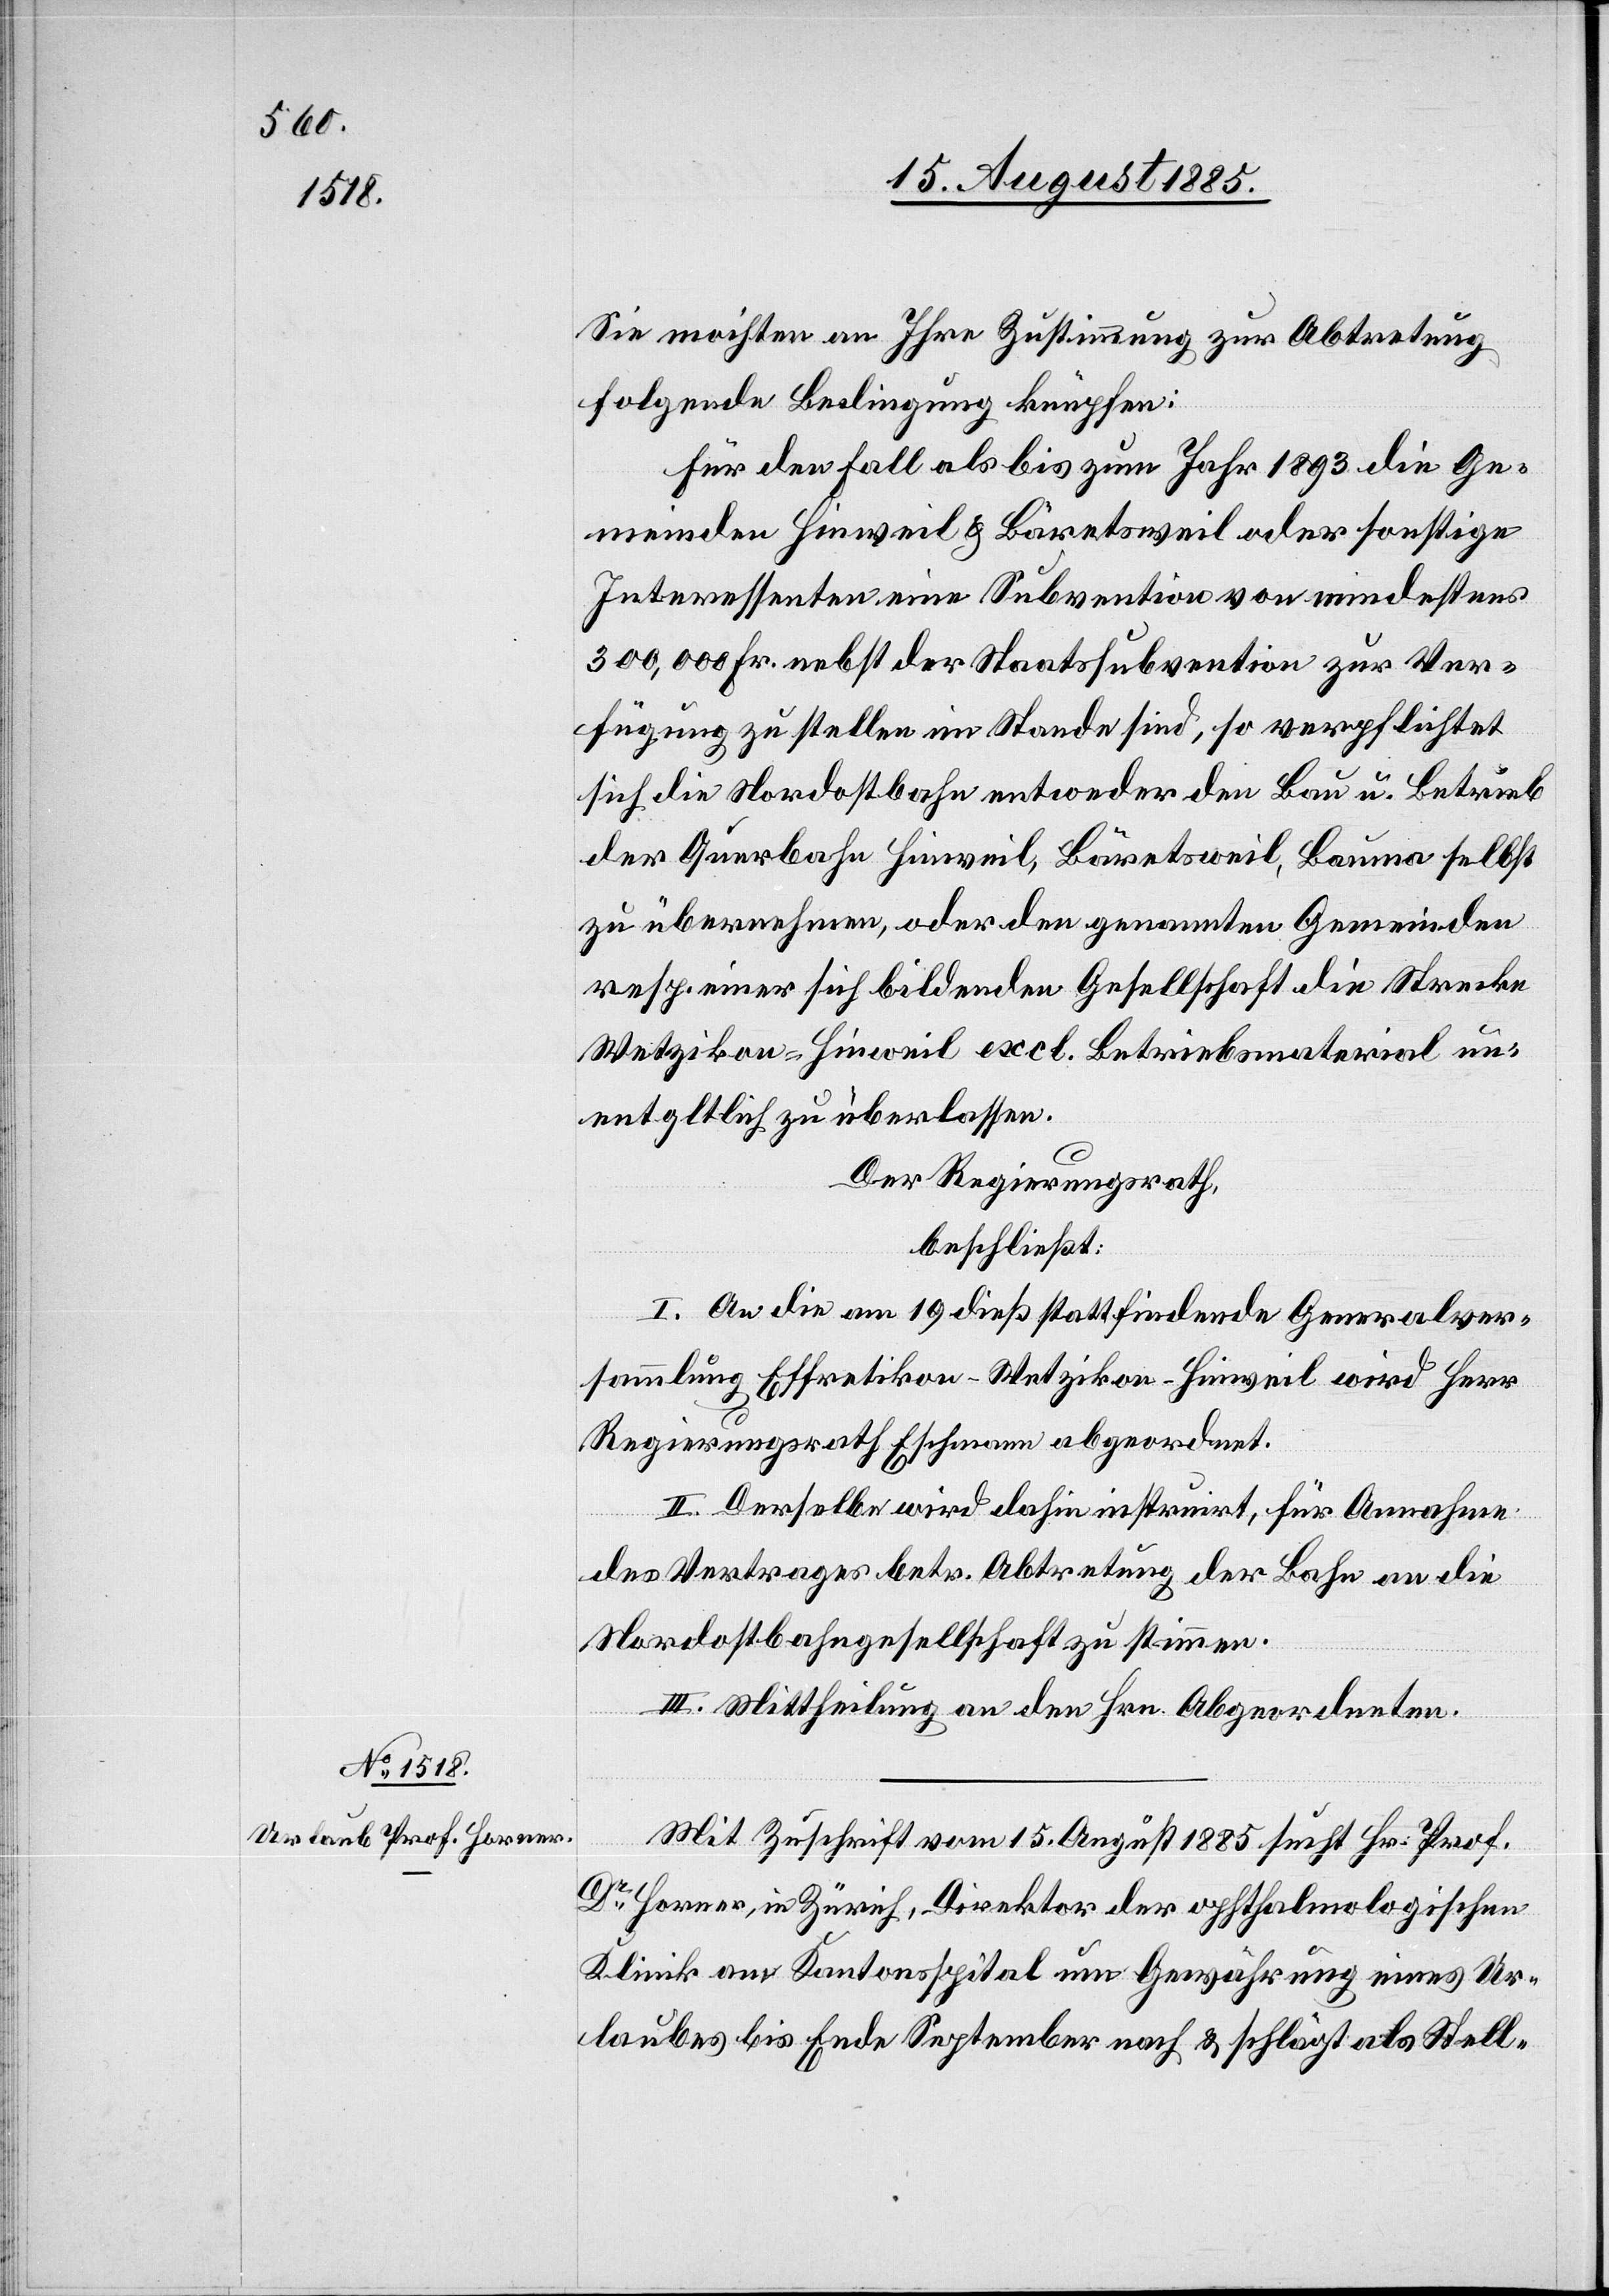
15.

No 1517:

Sie möchten an Ihre Zustimmung zur Abtretung
folgende Bedingung knüpfen:
Für den Fall als bis zum Jahr 1893 die Ge¬
meinden Hinweil & Bäretsweil oder sonstige
Interessenten eine Subvention von mindestens
300,000 Fr. nebst der Staatssubvention zur Ver¬
fügung zu stellen im Stande sind, so verpflichtet
sich die Nordostbahn entweder den Bau u. Betrieb
der Querbahn Hinweil, Bäretsweil, Bauma selbst
zu übernehmen, oder den genannten Gemeinden
resp. einer sich bildenden Gesellschaft die Strecke
Wetzikon–Hinweil excl. Betriebsmaterial un¬
entg[e]ltlich zu überlassen.
Der Regierungsrath,
beschließt:
I. An die am 19. dieß stattfindende Generalver¬
sammlung Effretikon–Wetzikon–Hinweil wird Herr
Regierungsrath Eschmann abgeordnet.
II. Derselbe wird dahin instruirt, für Annahme
des Vertrages betr. Abtretung der Bahn an die
Nordostbahngesellschaft zu stimmen.
III. Mittheilung an den Hrn. Abgeordneten.
Mit Zuschrift vom 15. August 1885 sucht Hr. Prof.
Dr Horner, in Zürich, Direktor der ophthalmologischen
Klinik am Kantonsspital um Gewährung eines Ur¬
laube bis Ende September nach & schlägt als Stell-